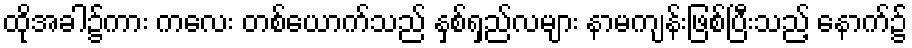
ထိုအခါ၌ကား ကလေး တစ်ယောက်သည် နှစ်ရှည်လများ နာမကျန်းဖြစ်ပြီးသည့် နောက်၌